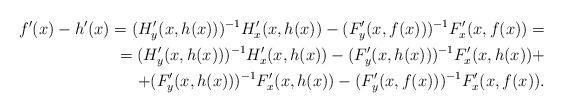
LaTeX: \begin{align*}f'(x)-h'(x)=(H'_y(x,h(x)))^{-1}H'_x(x,h(x))-(F'_y(x,f(x)))^{-1}F'_x(x,f(x))=\\=(H'_y(x,h(x)))^{-1}H'_x(x,h(x))-(F'_y(x,h(x)))^{-1}F'_x(x,h(x))+\\+(F'_y(x,h(x)))^{-1}F'_x(x,h(x))-(F'_y(x,f(x)))^{-1}F'_x(x,f(x)).\end{align*}